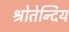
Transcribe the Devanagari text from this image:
श्रोतेन्दिय